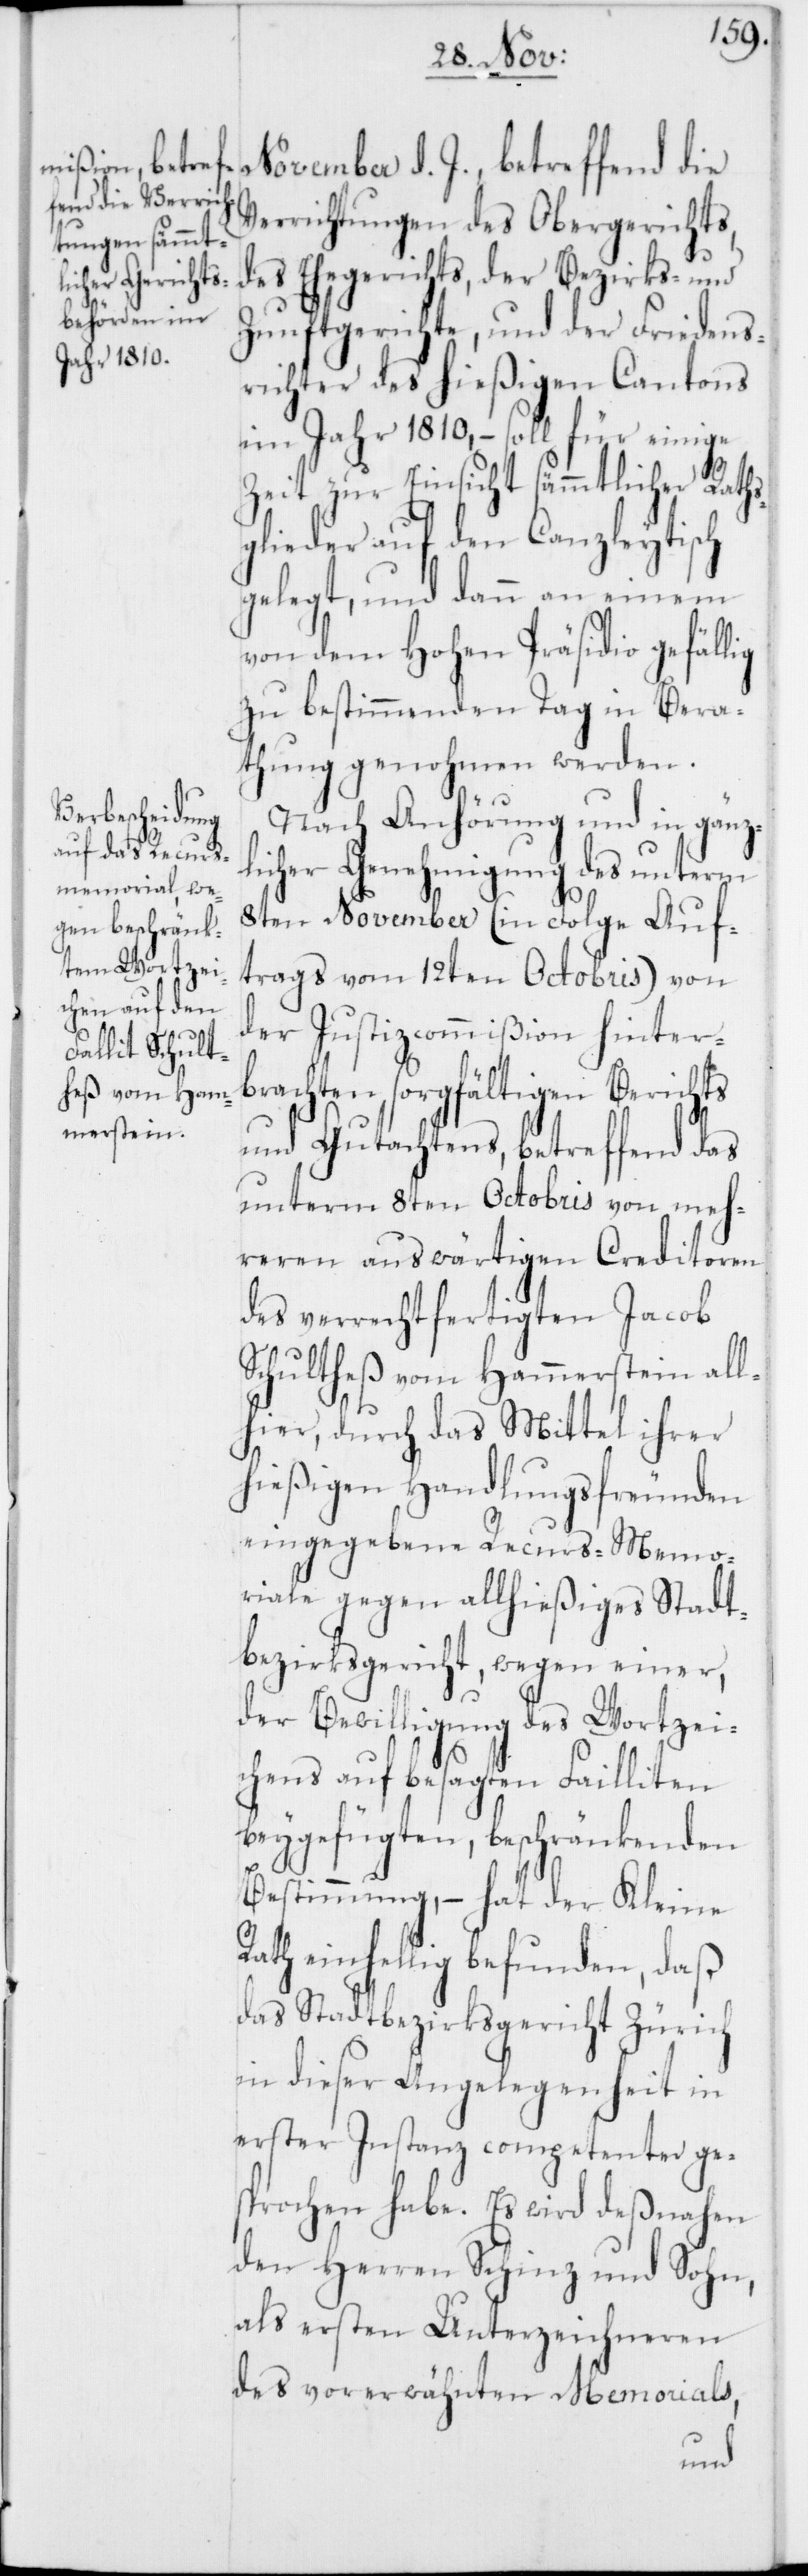
November d. J., betreffend die
Verrichtungen des Obergerichts,
des Ehegerichts, der Bezirks- und
Zunftgerichte, und der Friedens¬
richter des hießigen Cantons
im Jahr 1810, – soll für einige
Zeit zur Einsicht sämmtlicher Raths¬
glieder auf den Canzleytisch
gelegt, und dann an einem
von dem Hohen Präsidio gefällig
zu bestimmenden Tag in Bera¬
thung genohmen werden.
Nach Anhörung und in gänz¬
licher Genehmigung des unterm
8ten November (in Folge Auf¬
trags vom 12ten Octobris) von
der Justizcommißion hinter¬
brachten sorgfältigen Berichts
und Gutachtens, betreffend das
unterm 8ten Octobris von meh¬
reren auswärtigen Creditoren
des verrechtfertigten Jacob
Schultheß vom Hammerstein all¬
hier, durch das Mittel ihrer
hießigen Handlungsfreunden
eingegebene Recurs-Memo¬
riale gegen allhießiges Stadt¬
bezirksgericht, wegen einer,
der Bewilligung des Wortzei¬
chens auf besagten Failliten
beygefügten, beschränkenden
Bestimmung, – hat der Kleine
Rath einhellig befunden, daß
das Stadtbezirksgericht Zürich
in dieser Angelegenheit in
erster Instanz competenter ge¬
sprochen habe. Es wird deßnahen
den Herren Schinz und Sohn,
als ersten Unterzeichneren
des vorerwähnten Memorials,